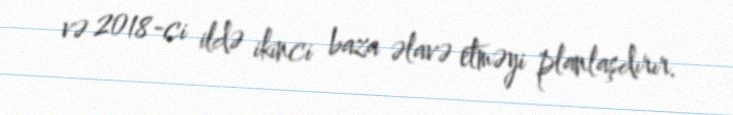
və 2018-ci ildə ikinci baza əlavə etməyi planlaşdırır.